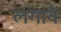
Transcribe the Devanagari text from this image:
लगावैं